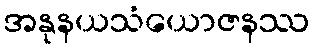
အနုနယသံယောဇနဿ